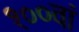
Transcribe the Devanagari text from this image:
१००वां